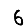
Digit: 6